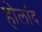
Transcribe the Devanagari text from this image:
होलांद